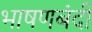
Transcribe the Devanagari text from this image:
भाषणबंदी